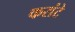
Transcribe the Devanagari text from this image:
करांटे